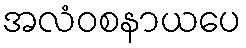
အလံဝစနာယပေ